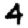
Digit: 4